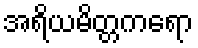
အရိယမိတ္တကရော